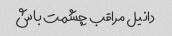
دانیل مراقب چشمت باش